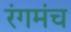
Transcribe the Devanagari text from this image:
रंगमंच